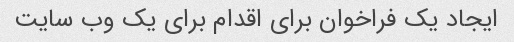
ایجاد یک فراخوان برای اقدام برای یک وب سایت